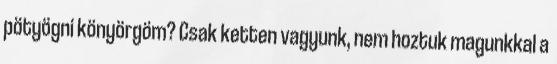
pötyögni könyörgöm? Csak ketten vagyunk, nem hoztuk magunkkal a